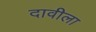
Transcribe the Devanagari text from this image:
दावीला